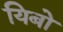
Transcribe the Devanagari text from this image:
यिबो